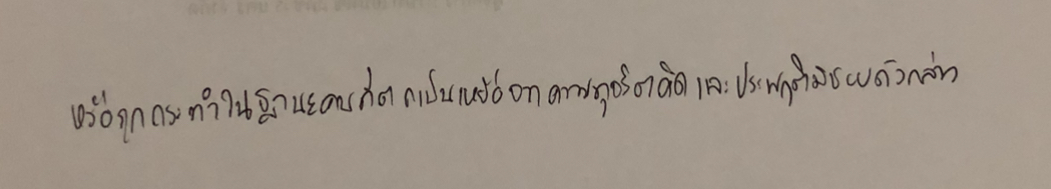
หรือถูกกระทำในฐานะคนที่ตกเป็นเหยื่อจากความทุจริตคิดและประพฤติมิชอบดังกล่าว